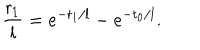
\frac { { \sf r } _ { 1 } } { l } = e ^ { - { \sf t } _ { 1 } / l } - e ^ { - { \sf t } _ { 0 } / l } .